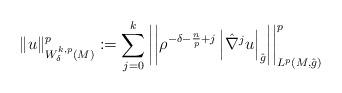
LaTeX: \begin{align*} \|u\|^p_{W^{k,p}_\delta(M)}:=\sum_{j=0}^{k}\left\vert\left\vert\rho^{-\delta-\frac{n}{p}+j}\left\vert\hat\nabla^j u\right\vert_{\hat g}\right\vert\right\vert^p_{L^p(M,\hat g)}\end{align*}